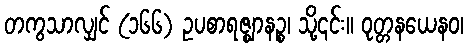
တကွသာလျှင် (၁၆၆) ဥပစာရဇ္ဈာနဉ္စ၊ သို့၎င်း။ ဝုတ္တနယေနဝ၊